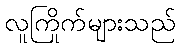
လူကြိုက်များသည်